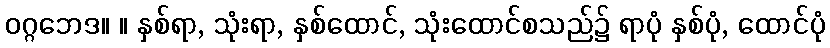
ဝဂ္ဂဘေဒ။ ။ နှစ်ရာ, သုံးရာ, နှစ်ထောင်, သုံးထောင်စသည်၌ ရာပုံ နှစ်ပုံ, ထောင်ပုံ